DOW-UAP-D8, Mission Report, Djibouti, 2025
Agency: Department of War
Incident location: Mediterranean Sea
Page 3
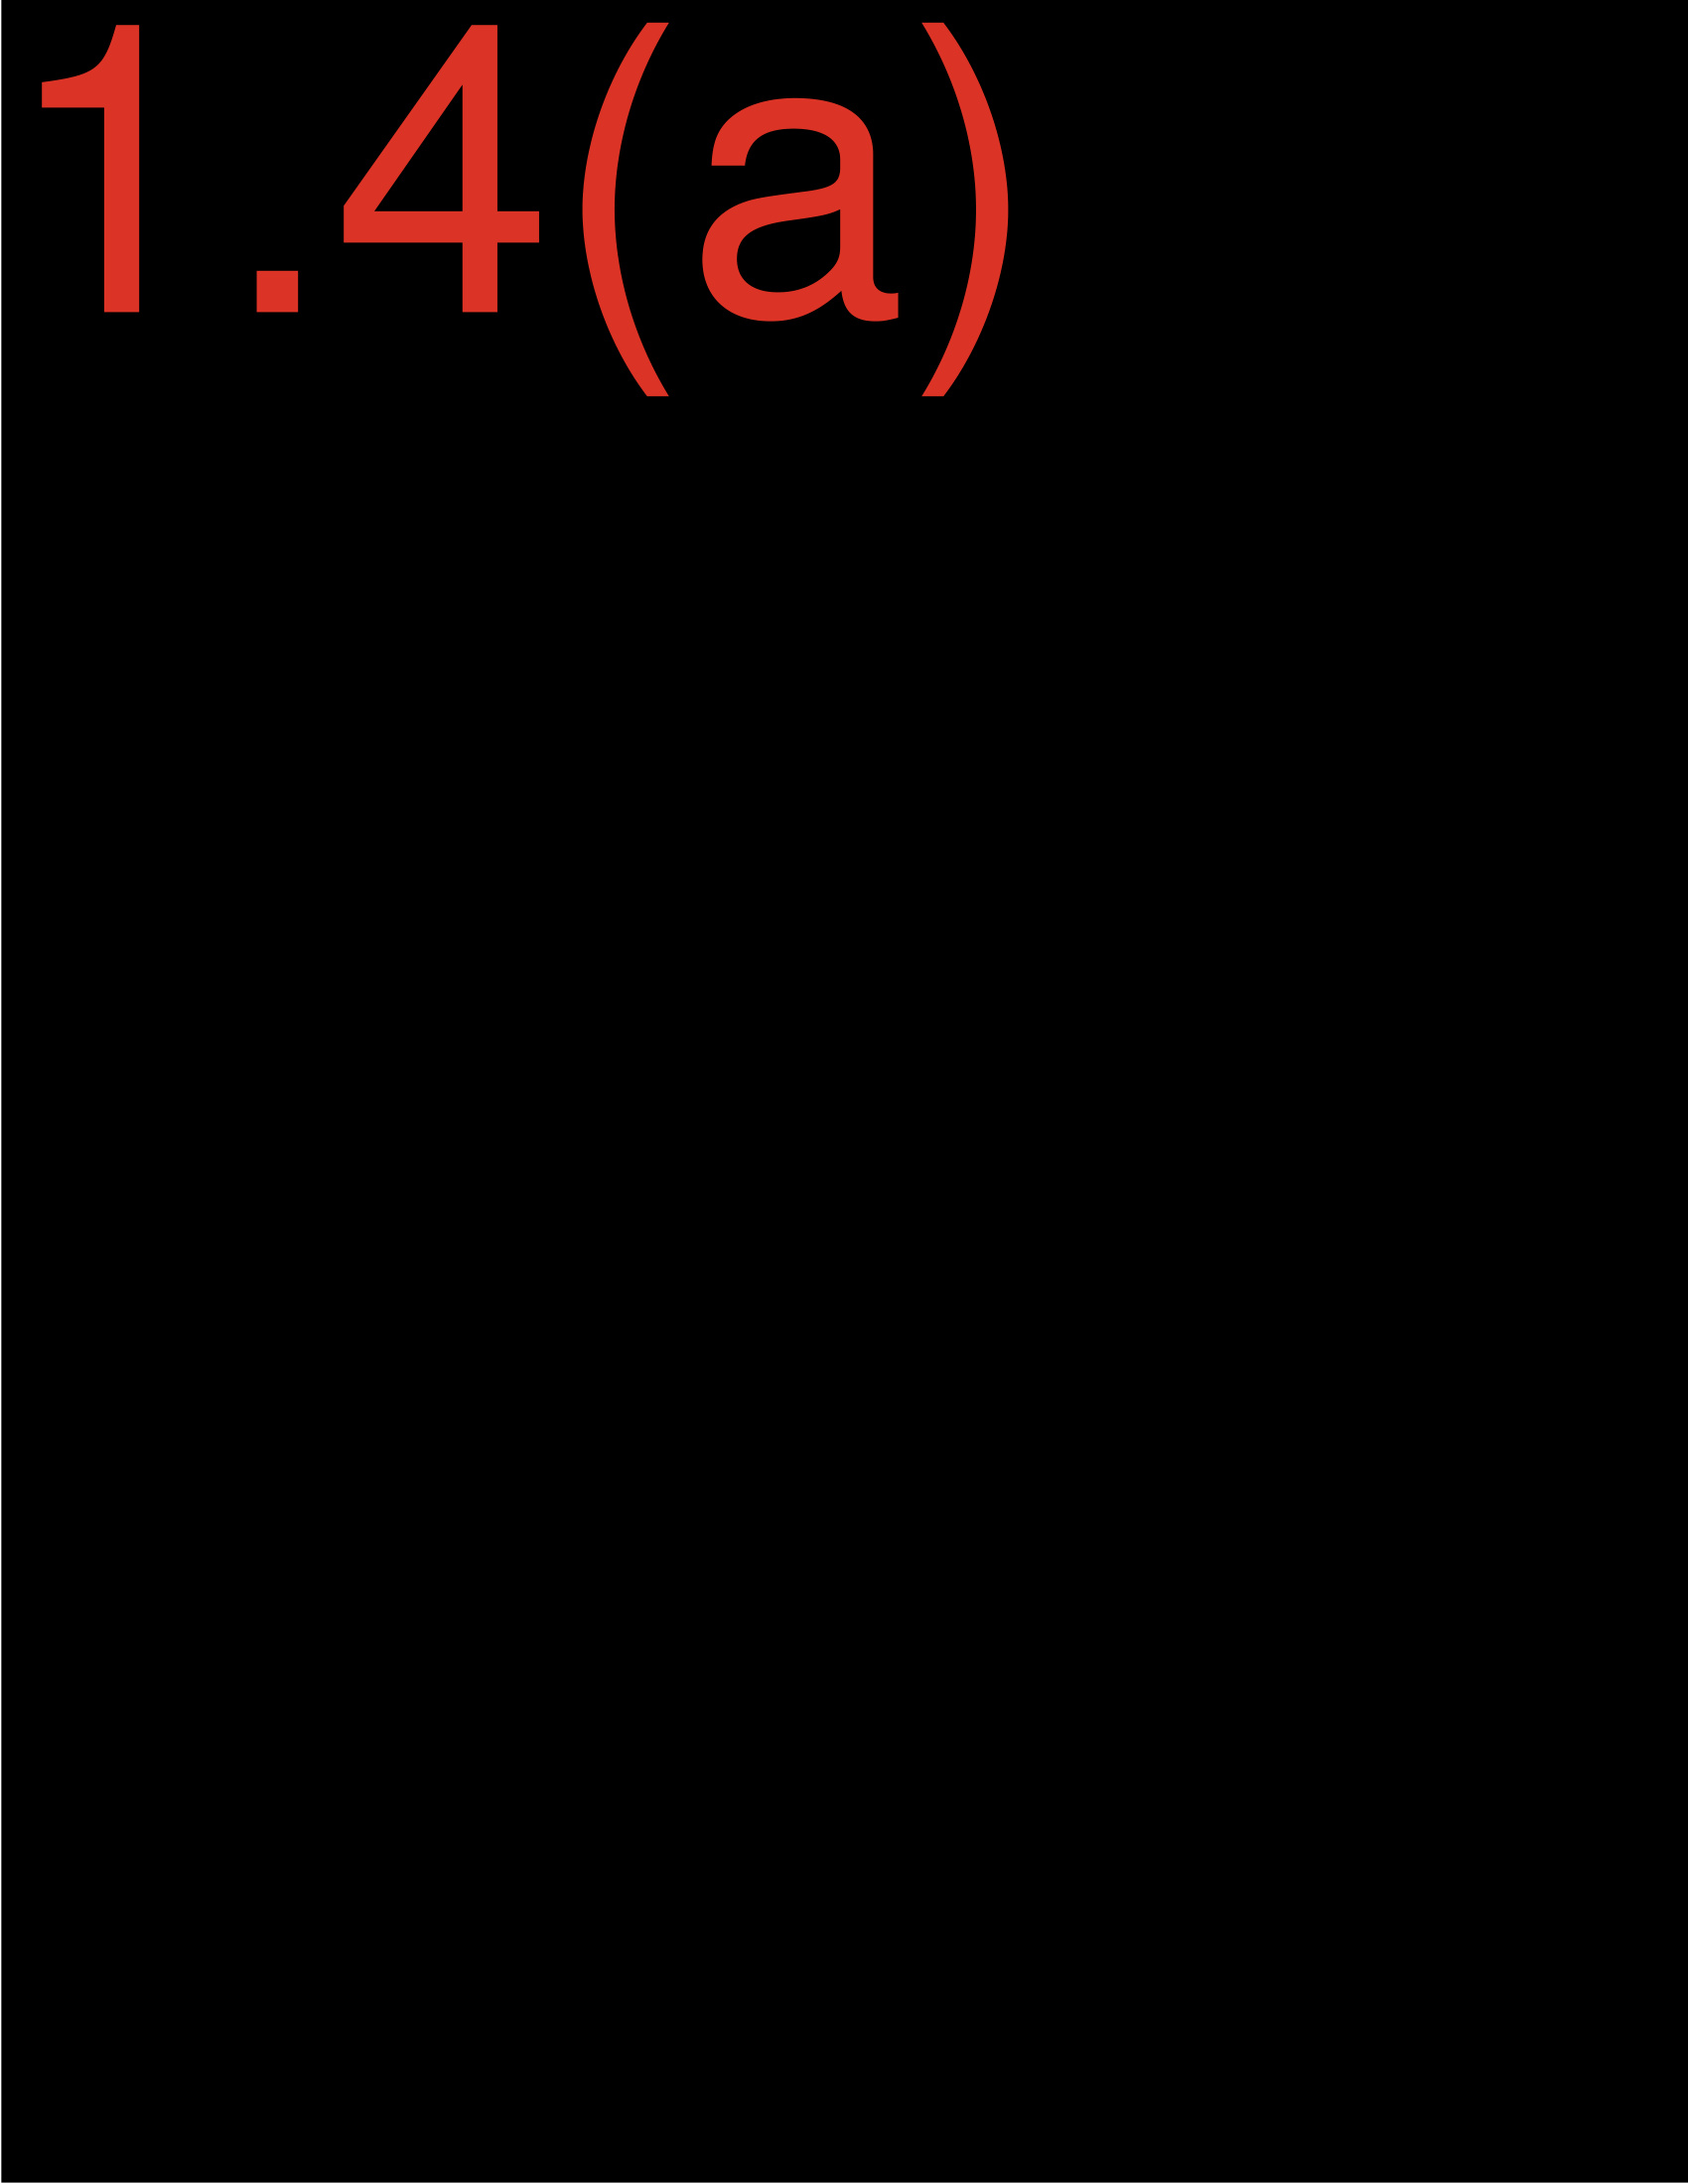